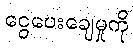
ငွေပေးချေမှုကို